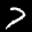
Label: 7